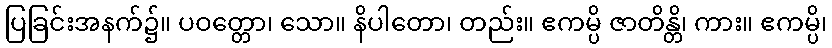
ပြခြင်းအနက်၌။ ပဝတ္တော၊ သော။ နိပါတော၊ တည်း။ ဧကမ္ပိ ဇာတိန္တိ၊ ကား။ ဧကမ္ပိ၊